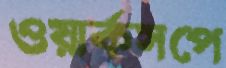
ওয়ার্কসপে